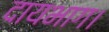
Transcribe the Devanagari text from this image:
दायभाग।